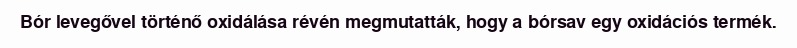
Bór levegővel történő oxidálása révén megmutatták, hogy a bórsav egy oxidációs termék.